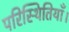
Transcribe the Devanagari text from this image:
परिस्थितियाँ।